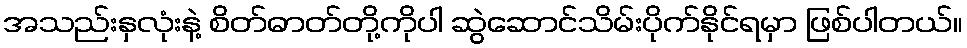
အသည်းနှလုံးနဲ့ စိတ်ဓာတ်တို့ကိုပါ ဆွဲဆောင်သိမ်းပိုက်နိုင်ရမှာ ဖြစ်ပါတယ်။